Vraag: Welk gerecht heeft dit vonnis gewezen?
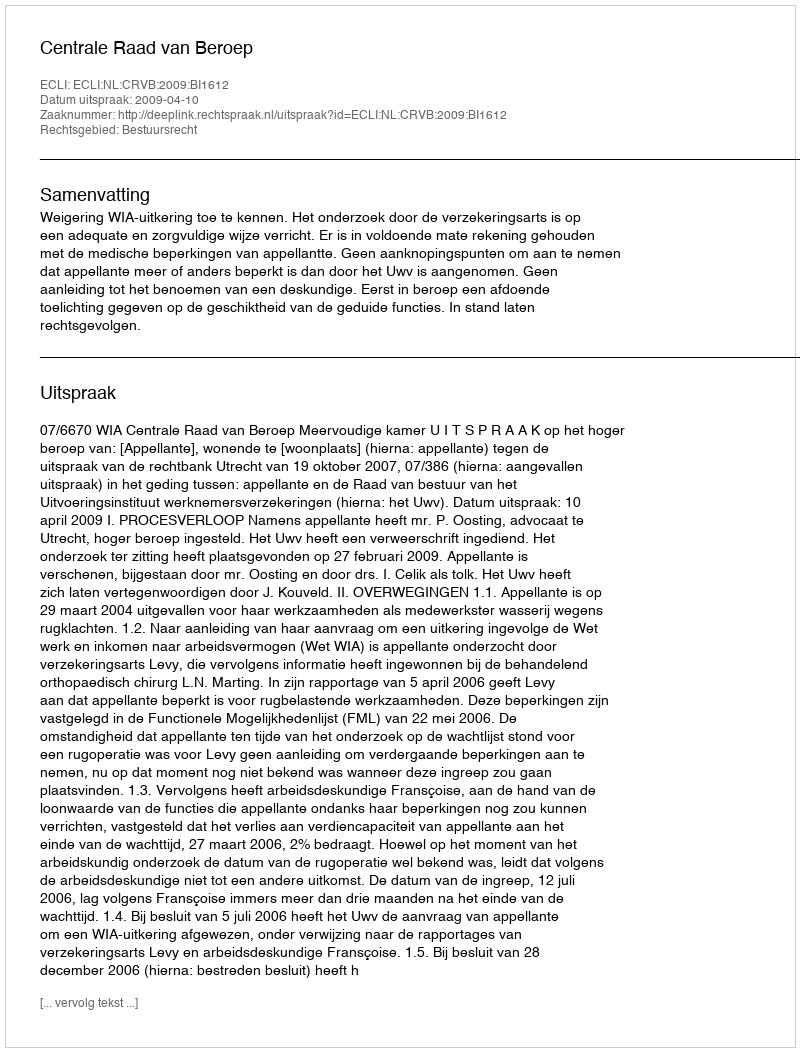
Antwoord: Centrale Raad van Beroep